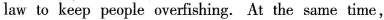
law to keep people overfishing. At the same time,